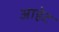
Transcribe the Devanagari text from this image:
आहेट